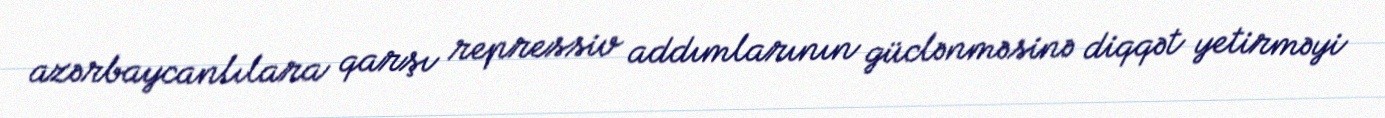
azərbaycanlılara qarşı repressiv addımlarının güclənməsinə diqqət yetirməyi